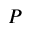
P